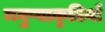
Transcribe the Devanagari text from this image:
मनुष्याकृतियाँ